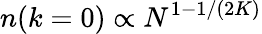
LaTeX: n(k=0)\propto N^{1-1/(2K)}